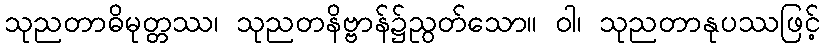
သုညတာဓိမုတ္တဿ၊ သုညတနိဗ္ဗာန်၌ညွတ်သော။ ဝါ၊ သုညတာနုပဿဖြင့်